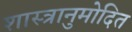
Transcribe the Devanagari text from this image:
शास्त्रानुमोदित